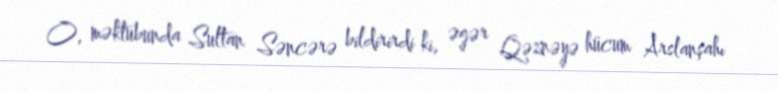
O, məktubunda Sultan Səncərə bildirirdi ki, əgər Qəznəyə hücum Arslanşahı